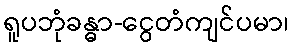
ရူပဘုံခန္ဓာ-ငွေတံကျင်ပမာ၊